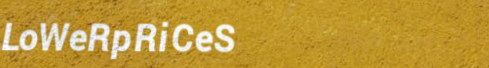
LoWeRpRiCeS